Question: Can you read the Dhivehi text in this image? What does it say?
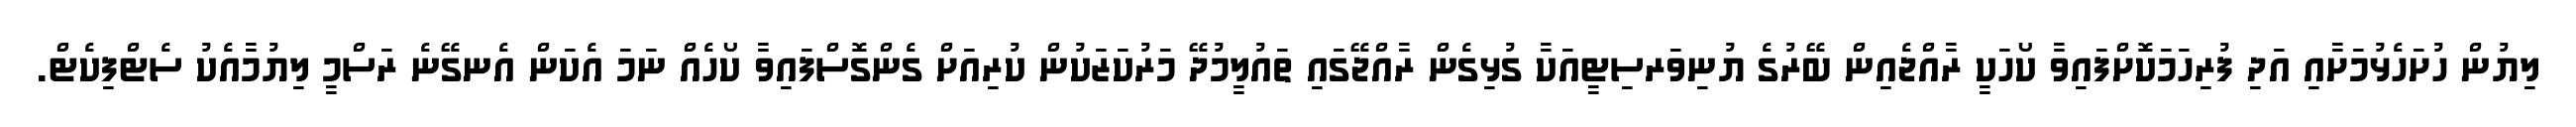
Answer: ލިޔުން ހުށަހެޅުމަށާއި އަދި ފުރިހަމަކޮށްފައިވާ ކޯހަކީ ރާއްޖެއިން ބޭރުގެ ޔުނިވަރސިޓީއަކާ ގުޅިގެން ރާއްޖޭގައި ތައުލީމުދޭ މަރުކަޒަކުން ކުރިއަށް ގެންގޮސްފައިވާ ކޯހެއް ނަމަ އެކަން އެނގޭނެ ރަސްމީ ލިޔުމާއެކު ސެޓްފިކެޓް.